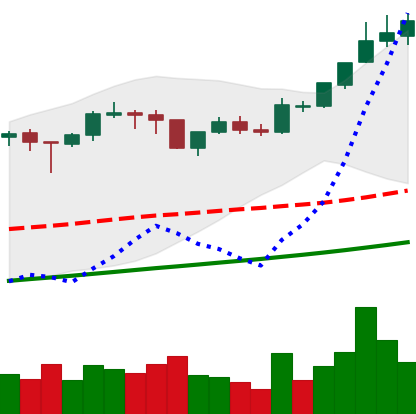
Ticker: BTC-USD
Chart end date: 2017-11-04
Forward return: -3.203%
Label: down_3_5